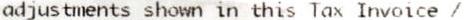
ADJUSTMENTS SHOWN IN THIS TAX INVOICE /